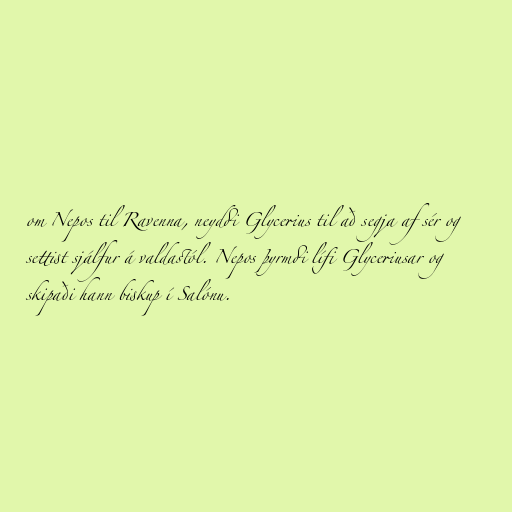
om Nepos til Ravenna, neyddi Glycerius til að segja af sér og
settist sjálfur á valdastól. Nepos þyrmdi lífi Glyceriusar og
skipaði hann biskup í Salónu.